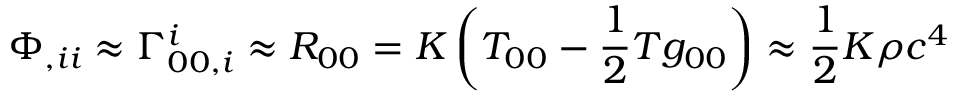
\Phi _ { , i i } \approx \Gamma _ { 0 0 , i } ^ { i } \approx R _ { 0 0 } = K \left( T _ { 0 0 } - { \frac { 1 } { 2 } } T g _ { 0 0 } \right) \approx { \frac { 1 } { 2 } } K \rho c ^ { 4 }